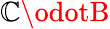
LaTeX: {\mathbb{C}\odotB}